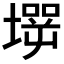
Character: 𡑇